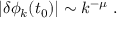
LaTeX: \vert \delta \phi _ { k } ( t _ { 0 } ) \vert \sim k ^ { - \mu } \ .